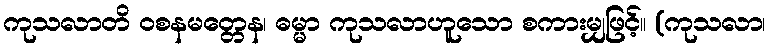
ကုသလာတိ ဝစနမတ္တေန၊ ဓမ္မာ ကုသလာဟူသော စကားမျှဖြင့်။ (ကုသလာ၊